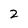
Character: 2